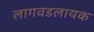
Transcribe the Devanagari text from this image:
लागवडलायक